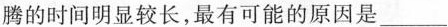
腾的时间明显较长，最有可能的原因是___